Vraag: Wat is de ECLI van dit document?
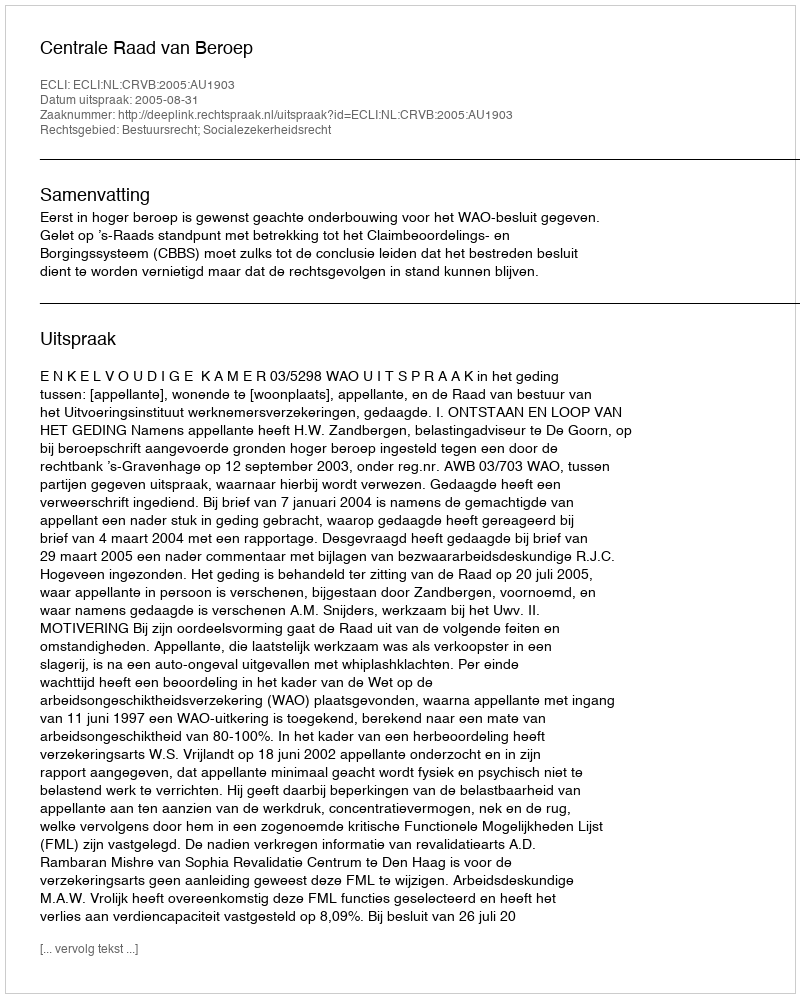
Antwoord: ECLI:NL:CRVB:2005:AU1903